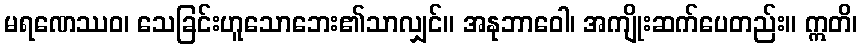
မရဏေဿဝ၊ သေခြင်းဟူသောဘေး၏သာလျှင်။ အနုဘာဝေါ၊ အကျိုးဆက်ပေတည်း။ ဣတိ၊